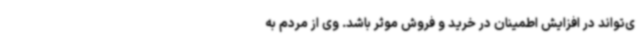
ی‌تواند در افزایش اطمینان در خرید و فروش موثر باشد. وی از مردم به